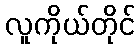
လူကိုယ်တိုင်